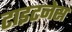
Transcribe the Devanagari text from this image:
टाइटनेस